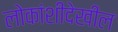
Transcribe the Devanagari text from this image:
लोकांशीदेखील